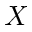
X